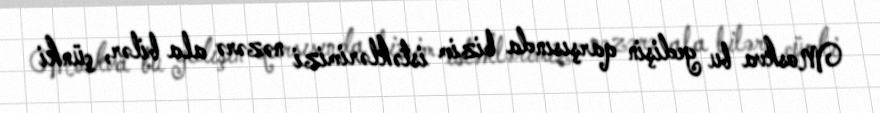
Moskva bu gedişin qarşısında bizim istəklərimizi nəzərə ala bilər, çünki